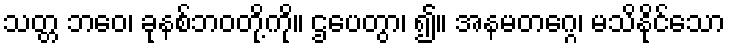
သတ္တ ဘဝေ၊ ခုနစ်ဘဝတို့ကို။ ဌပေတွာ၊ ၍။ အနမတဂ္ဂေ၊ မသိနိုင်သော